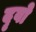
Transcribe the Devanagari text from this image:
दृवो